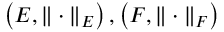
\left( E , \| \cdot \| _ { E } \right) , \left( F , \| \cdot \| _ { F } \right)